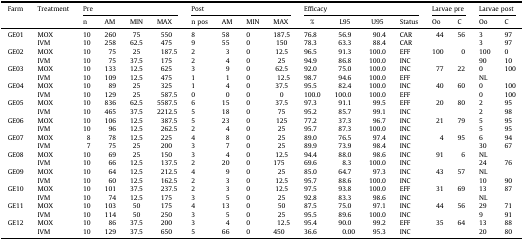
<table><thead><tr><td><b>Farm</b></td><td><b>Treatment</b></td><td colspan="4"><b>Pre</b></td><td colspan="4"><b>Post</b></td><td colspan="4"><b>Efficacy</b></td><td colspan="2"><b>Larvae pre</b></td><td colspan="2"><b>Larvae post</b></td></tr><tr><td><b>n</b></td><td><b>AM</b></td><td><b>MIN</b></td><td><b>MAX</b></td><td><b>n pos</b></td><td><b>AM</b></td><td><b>MIN</b></td><td><b>MAX</b></td><td><b>%</b></td><td><b>L95</b></td><td><b>U95</b></td><td><b>Status</b></td><td><b>Oo</b></td><td><b>C</b></td><td><b>Oo</b></td><td><b>C</b></td></tr></thead><tbody><tr><td>GE01</td><td>MOX</td><td>10</td><td>260</td><td>75</td><td>550</td><td>8</td><td>58</td><td>0</td><td>187.5</td><td>76.8</td><td>56.9</td><td>90.4</td><td>CAR</td><td>44</td><td>56</td><td>3</td><td>97</td></tr><tr><td>IVM</td><td>10</td><td>258</td><td>62.5</td><td>475</td><td>9</td><td>55</td><td>0</td><td>150</td><td>78.3</td><td>63.3</td><td>88.4</td><td>CAR</td><td>3</td><td>97</td></tr><tr><td>GE02</td><td>MOX</td><td>10</td><td>75</td><td>25</td><td>187.5</td><td>2</td><td>3</td><td>0</td><td>12.5</td><td>96.5</td><td>91.3</td><td>100.0</td><td>EFF</td><td>100</td><td>0</td><td>100</td><td>0</td></tr><tr><td>IVM</td><td>10</td><td>75</td><td>37.5</td><td>175</td><td>2</td><td>4</td><td>0</td><td>25</td><td>94.9</td><td>86.8</td><td>100.0</td><td>INC</td><td>90</td><td>10</td></tr><tr><td>GE03</td><td>MOX</td><td>10</td><td>133</td><td>12.5</td><td>625</td><td>3</td><td>9</td><td>0</td><td>62.5</td><td>92.0</td><td>75.0</td><td>100.0</td><td>INC</td><td>77</td><td>22</td><td>0</td><td>100</td></tr><tr><td>IVM</td><td>10</td><td>109</td><td>12.5</td><td>475</td><td>1</td><td>1</td><td>0</td><td>12.5</td><td>98.7</td><td>94.6</td><td>100.0</td><td>EFF</td><td colspan="2">NL</td></tr><tr><td>GE04</td><td>MOX</td><td>10</td><td>89</td><td>25</td><td>325</td><td>1</td><td>4</td><td>0</td><td>37.5</td><td>95.5</td><td>82.4</td><td>100.0</td><td>INC</td><td>40</td><td>60</td><td>0</td><td>100</td></tr><tr><td>IVM</td><td>10</td><td>129</td><td>25</td><td>587.5</td><td>0</td><td>0</td><td>0</td><td>0</td><td>100.0</td><td>100.0</td><td>100.0</td><td>EFF</td><td>0</td><td>100</td></tr><tr><td>GE05</td><td>MOX</td><td>10</td><td>836</td><td>62.5</td><td>5587.5</td><td>6</td><td>15</td><td>0</td><td>37.5</td><td>97.3</td><td>91.1</td><td>99.5</td><td>EFF</td><td>20</td><td>80</td><td>2</td><td>95</td></tr><tr><td>IVM</td><td>10</td><td>465</td><td>37.5</td><td>2212.5</td><td>5</td><td>18</td><td>0</td><td>75</td><td>95.2</td><td>85.7</td><td>99.1</td><td>INC</td><td>2</td><td>98</td></tr><tr><td>GE06</td><td>MOX</td><td>10</td><td>106</td><td>12.5</td><td>387.5</td><td>5</td><td>23</td><td>0</td><td>125</td><td>77.2</td><td>37.3</td><td>96.7</td><td>INC</td><td>21</td><td>79</td><td>5</td><td>95</td></tr><tr><td>IVM</td><td>10</td><td>96</td><td>12.5</td><td>262.5</td><td>2</td><td>4</td><td>0</td><td>25</td><td>95.7</td><td>87.3</td><td>100.0</td><td>INC</td><td>5</td><td>95</td></tr><tr><td>GE07</td><td>MOX</td><td>8</td><td>78</td><td>12.5</td><td>225</td><td>4</td><td>8</td><td>0</td><td>25</td><td>89.0</td><td>76.5</td><td>97.4</td><td>INC</td><td>4</td><td>95</td><td>6</td><td>94</td></tr><tr><td>IVM</td><td>7</td><td>75</td><td>25</td><td>200</td><td>3</td><td>7</td><td>0</td><td>25</td><td>89.9</td><td>73.9</td><td>98.4</td><td>INC</td><td>30</td><td>67</td></tr><tr><td>GE08</td><td>MOX</td><td>10</td><td>69</td><td>25</td><td>150</td><td>3</td><td>4</td><td>0</td><td>12.5</td><td>94.4</td><td>88.0</td><td>98.6</td><td>INC</td><td>91</td><td>6</td><td colspan="2">NL</td></tr><tr><td>IVM</td><td>10</td><td>66</td><td>12.5</td><td>137.5</td><td>2</td><td>20</td><td>0</td><td>175</td><td>69.6</td><td>8.3</td><td>100.0</td><td>INC</td><td>24</td><td>76</td></tr><tr><td>GE09</td><td>MOX</td><td>10</td><td>64</td><td>12.5</td><td>212.5</td><td>4</td><td>9</td><td>0</td><td>25</td><td>85.0</td><td>64.7</td><td>97.3</td><td>INC</td><td>43</td><td>57</td><td colspan="2">NL</td></tr><tr><td>IVM</td><td>10</td><td>60</td><td>12.5</td><td>162.5</td><td>2</td><td>3</td><td>0</td><td>12.5</td><td>95.7</td><td>88.6</td><td>100.0</td><td>INC</td><td>10</td><td>90</td></tr><tr><td>GE10</td><td>MOX</td><td>10</td><td>101</td><td>37.5</td><td>237.5</td><td>2</td><td>3</td><td>0</td><td>12.5</td><td>97.5</td><td>93.8</td><td>100.0</td><td>EFF</td><td>31</td><td>69</td><td>13</td><td>87</td></tr><tr><td>IVM</td><td>10</td><td>74</td><td>12.5</td><td>175</td><td>3</td><td>5</td><td>0</td><td>25</td><td>92.8</td><td>83.3</td><td>98.6</td><td>INC</td><td colspan="2">NL</td></tr><tr><td>GE11</td><td>MOX</td><td>10</td><td>103</td><td>50</td><td>175</td><td>4</td><td>13</td><td>0</td><td>50</td><td>87.5</td><td>75.0</td><td>97.1</td><td>INC</td><td>44</td><td>56</td><td>29</td><td>71</td></tr><tr><td>IVM</td><td>10</td><td>114</td><td>50</td><td>250</td><td>3</td><td>5</td><td>0</td><td>25</td><td>95.5</td><td>89.6</td><td>100.0</td><td>INC</td><td>9</td><td>91</td></tr><tr><td>GE12</td><td>MOX</td><td>10</td><td>86</td><td>37.5</td><td>200</td><td>3</td><td>4</td><td>0</td><td>12.5</td><td>95.4</td><td>90.0</td><td>99.2</td><td>EFF</td><td>35</td><td>64</td><td>13</td><td>88</td></tr><tr><td>IVM</td><td>10</td><td>129</td><td>37.5</td><td>650</td><td>5</td><td>66</td><td>0</td><td>450</td><td>36.6</td><td>0.00</td><td>95.3</td><td>INC</td><td>20</td><td>80</td></tr></tbody></table>